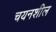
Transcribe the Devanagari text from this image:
चयनशील